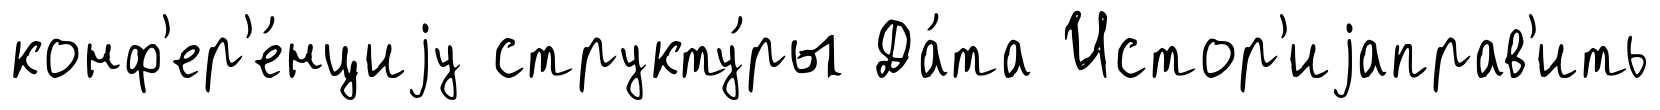
конф'ер'е́нциjу структу́ры Да́та Истор'иjаправ'ить